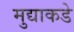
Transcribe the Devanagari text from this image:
मुद्याकडे